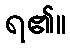
ရ၏။